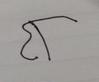
Signature authenticity: forged